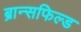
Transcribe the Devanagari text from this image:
ब्रान्सफिल्ड